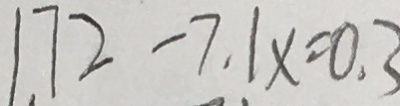
1 . 7 2 - 7 . 1 x = 0 . 3